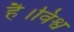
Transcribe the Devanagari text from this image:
है।विश्व